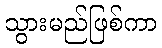
သွားမည်ဖြစ်ကာ